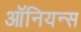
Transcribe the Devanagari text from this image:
ऑनियन्स